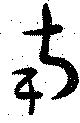
南